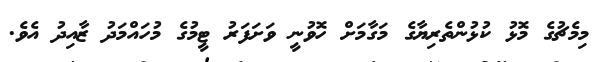
މިމެޗުގެ މޮޅު ކުޅުންތެރިޔާގެ މަގާމަށް ހޮވުނީ ވަށަފަރު ޓީމުގެ މުހައްމަދު ޒާއިދު އެވެ.